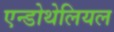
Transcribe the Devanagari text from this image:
एन्डोथेलियल